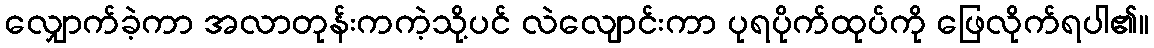
လျှောက်ခဲ့ကာ အလာတုန်းကကဲ့သို့ပင် လဲလျောင်းကာ ပုရပိုက်ထုပ်ကို ဖြေလိုက်ရပါ၏။